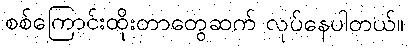
စစ်ကြောင်းထိုးတာတွေဆက် လုပ်နေပါတယ်။